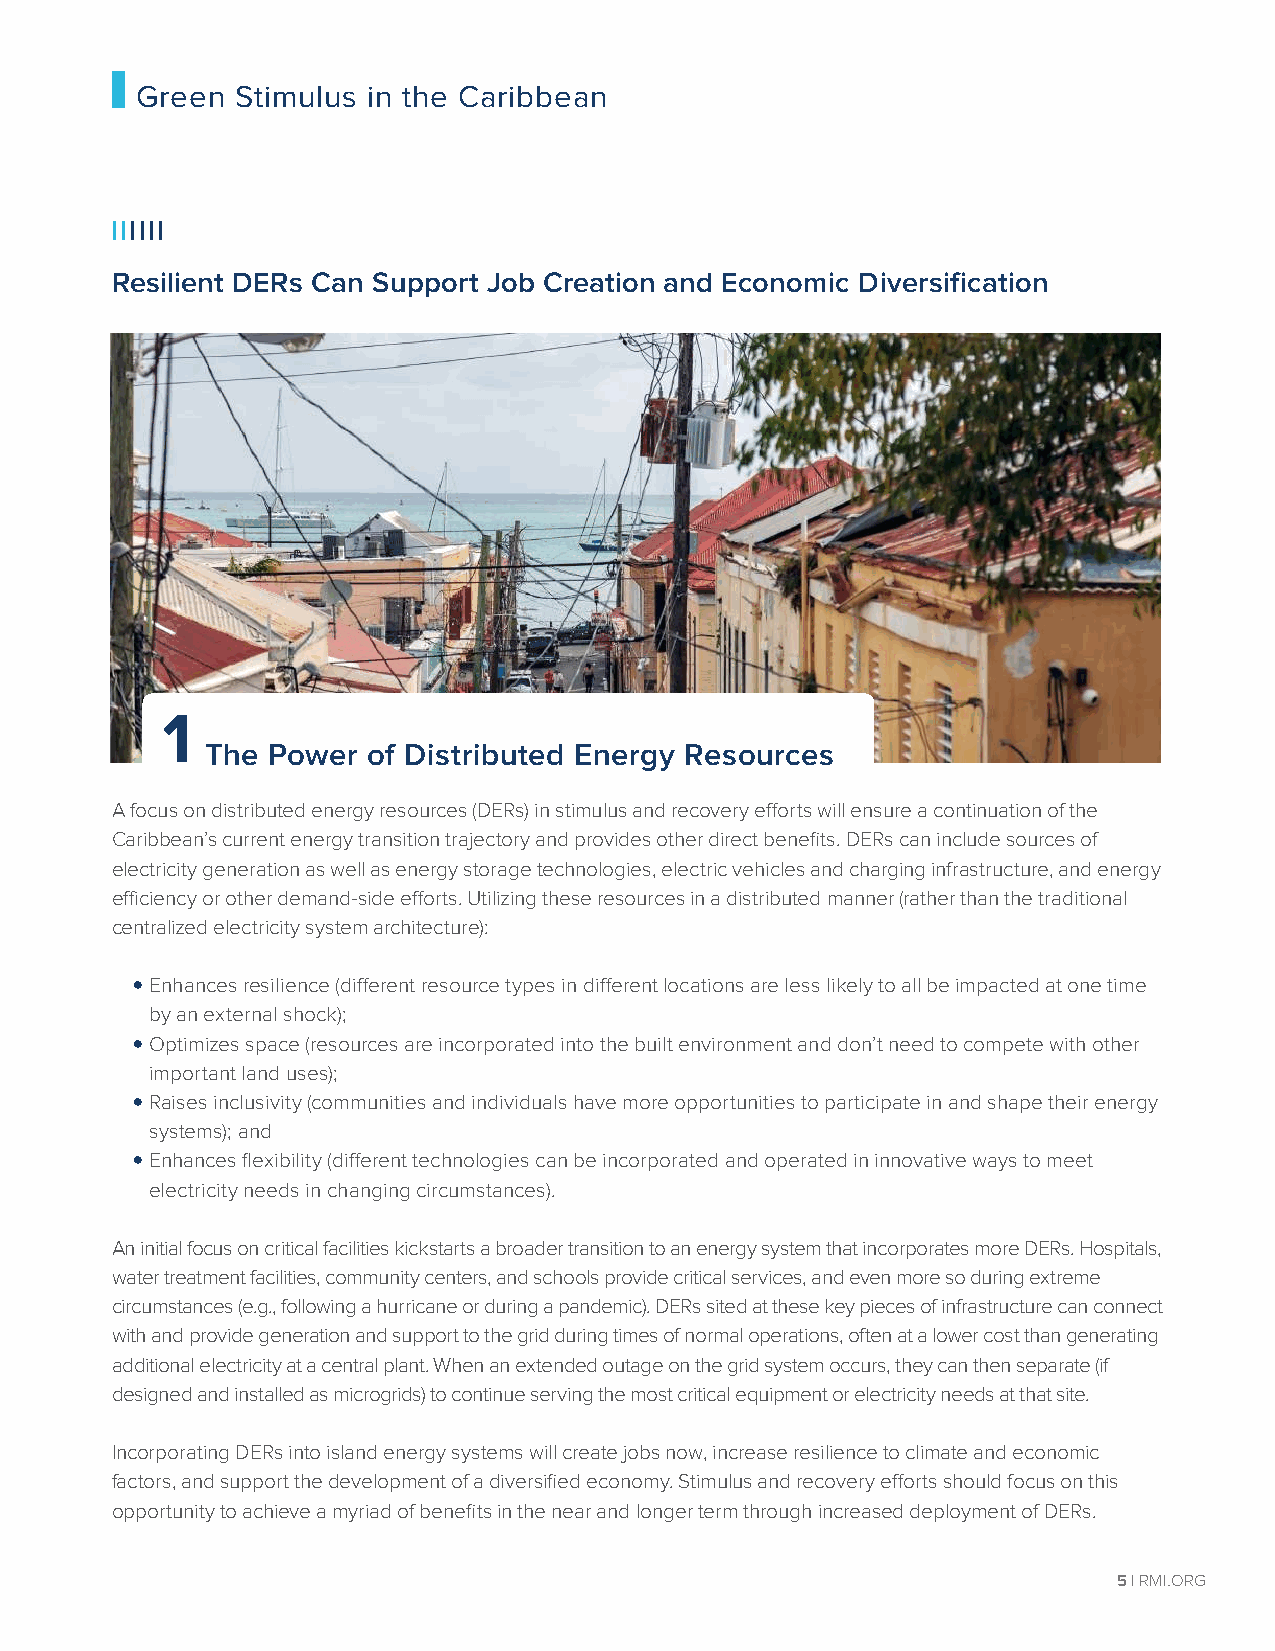
Green  Stimulus in the Caribbean
 IIIIII
 Resilient DERs Can Support Job Creation and Economic Diversification
 1
 The Power of Distributed Energy Resources
 A focus on distributed energy resources (DERs) in stimulus and recovery efforts will ensure a continuation of the
 Caribbean’s current energy transition trajectory and provides other direct benefits. DERs can include sources of
 electricity generation as well as energy storage technologies, electric vehicles and charging infrastructure, and energy
 efficiency or other demand-side efforts. Utilizing these resources in a distributed manner (rather than the traditional
 centralized electricity system architecture):
 •
 Enhances resilience (different resource types in different locations are less likely to all be impacted at one time
 by an external shock);
 •
 Optimizes space (resources are incorporated into the built environment and don’t need to compete with other
 important land uses);
 •
 Raises inclusivity (communities and individuals have more opportunities to participate in and shape their energy
 systems); and
 •
 Enhances flexibility (different technologies can be incorporated and operated in innovative ways to meet
 electricity needs in changing circumstances).
 An initial focus on critical facilities kickstarts a broader transition to an energy system that incorporates more DERs. Hospitals,
 water treatment facilities, community centers, and schools provide critical services, and even more so during extreme
 circumstances (e.g., following a hurricane or during a pandemic). DERs sited at these key pieces of infrastructure can connect
 with and provide generation and support to the grid during times of normal operations, often at a lower cost than generating
 additional electricity at a central plant. When an extended outage on the grid system occurs, they can then separate (if
 designed and installed as microgrids) to continue serving the most critical equipment or electricity needs at that site.
 Incorporating DERs into island energy systems will create jobs now, increase resilience to climate and economic
 factors, and support the development of a diversified economy. Stimulus and recovery efforts should focus on this
 opportunity to achieve a myriad of benefits in the near and longer term through increased deployment of DERs.
 5 | RMI.ORG